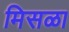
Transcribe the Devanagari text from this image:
मिसळा